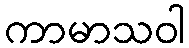
ကာမာသဝါ